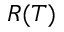
R ( T )